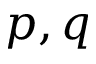
p , q